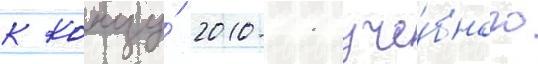
к концу́ 2010-11 уче́бного